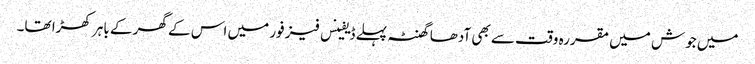
میں جوش میں مقررہ وقت سے بھی آدھا گھنٹہ پہلے ڈیفینس فیز فور میں اس کے گھر کے باہر کھڑا تھا۔